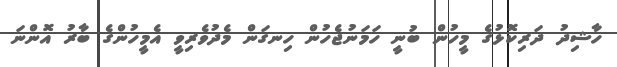
ހާޝިދު ދަރިކޮޅުގެ މީހުން ބުނީ ހަމަނުޖެހުން ހިނގަން މެދުވެރިވީ އެމީހުންގެ ބާރު އޮންނަ